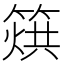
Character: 𥰲